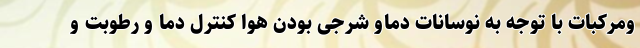
ومرکبات با توجه به نوسانات دماو شرجی بودن هوا کنترل دما و رطوبت و